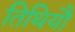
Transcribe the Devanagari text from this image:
तिथियौ